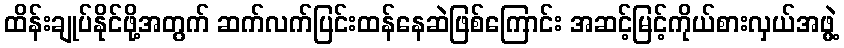
ထိန်းချုပ်နိုင်ဖို့အတွက် ဆက်လက်ပြင်းထန်နေဆဲဖြစ်ကြောင်း အဆင့်မြင့်ကိုယ်စားလှယ်အဖွဲ့